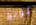
كونج